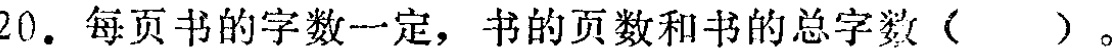
20. 每页书的字数一定，书的页数和书的总字数(  )。